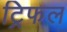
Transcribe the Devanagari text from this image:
ट्रिफल